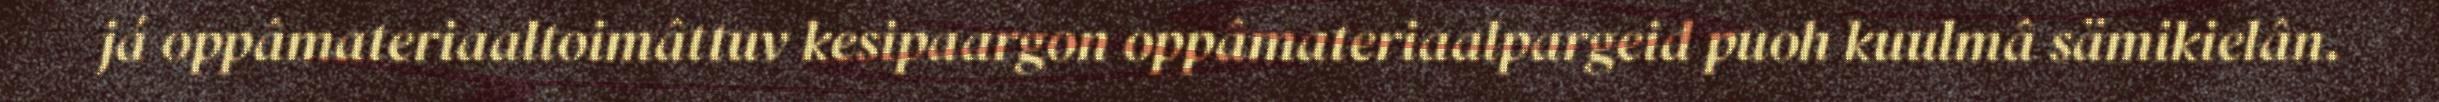
já oppâmateriaaltoimâttuv kesipaargon oppâmateriaalpargeid puoh kuulmâ sämikielân.